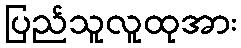
ပြည်သူလူထုအား